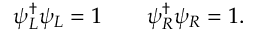
\psi _ { L } ^ { \dagger } \psi _ { L } = 1 \quad \quad \psi _ { R } ^ { \dagger } \psi _ { R } = 1 .